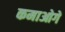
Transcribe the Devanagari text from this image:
कमाओगे